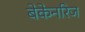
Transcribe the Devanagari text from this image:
बेकेनरिज